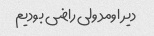
دیر اومد ولی راضی بودیم